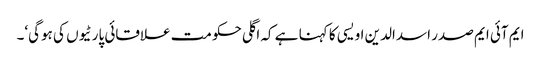
ایم آئی ایم صدر اسدالدین اویسی کا کہنا ہے کہ اگلی حکومت علاقائی پارٹیوں کی ہوگی‘۔